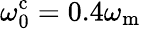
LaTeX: \omega_{\mathrm{0}}^{\mathrm{c}}=0.4\omega_{\mathrm{m}}